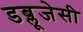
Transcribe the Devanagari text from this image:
डब्लूजेसी